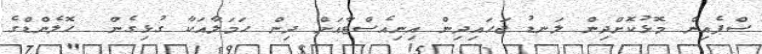
ސްޕެއިން މޮޅުކޮށްދިން ލަނޑު ޖަހައިދިން އިނިއެސްޓާއަށް ދިން ހަމަލާއަކާ ގުޅިގެން  ހޮލެންޑްގެ